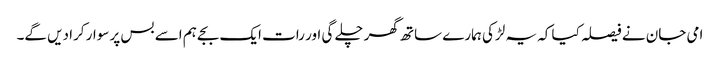
امی جان نے فیصلہ کیا کہ یہ لڑکی ہمارے ساتھ گھر چلے گی اور رات ایک بجے ہم اسے بس پر سوار کرا دیں گے۔